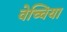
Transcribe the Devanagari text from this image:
वेच्चिया